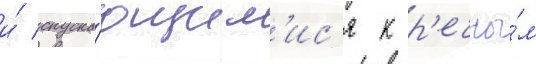
и́ спуска́ющим'ис'я к р'ечны́м